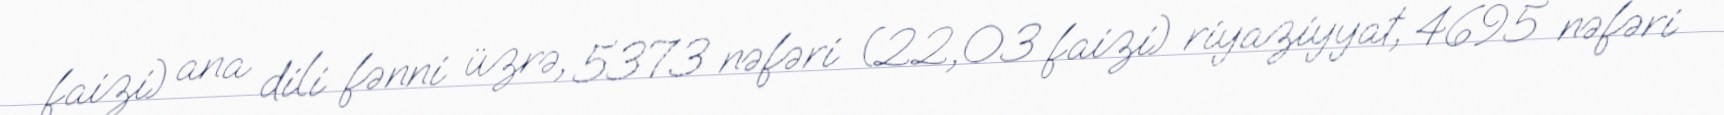
faizi) ana dili fənni üzrə, 5373 nəfəri (22,03 faizi) riyaziyyat, 4695 nəfəri